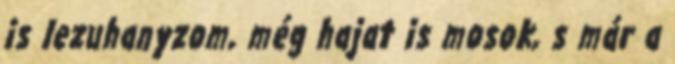
is lezuhanyzom, még hajat is mosok, s már a